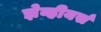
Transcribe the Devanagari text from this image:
झेव्हीयर्स